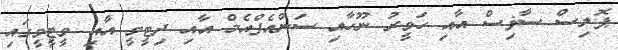
ޕޮލިސް ސާޥިސް އާއި ހަވީރު ނޫހާއި ސަންއެފްއެމް އާއި ދިޓީވީ އާއި ވީޓީވީގައި